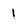
Character: 1